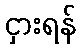
ငှားရန်